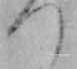
つ